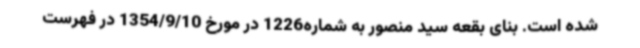
شده است. بنای بقعه سید منصور به شماره1226 در مورخ 1354/9/10 در فهرست